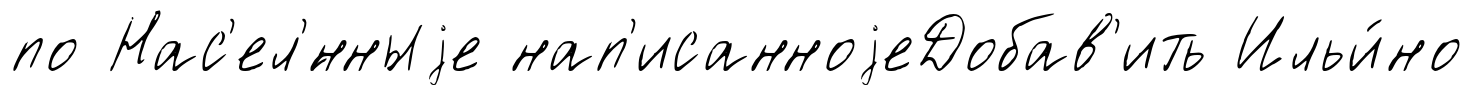
по Нас'ел'́нныjе нап'исанноjеДобав'ить Ильи́но